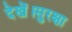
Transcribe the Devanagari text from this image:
देखें।सुरक्षा